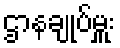
ဌာနချုပ်မှူး